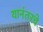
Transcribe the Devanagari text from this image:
यानंतरचे